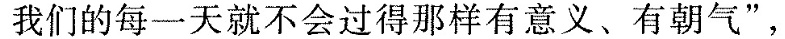
我们的每一天就不会过得那样有意义、有朝气”，